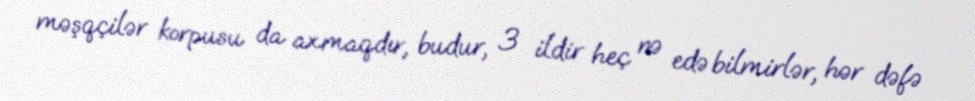
məşqçilər korpusu da axmaqdır, budur, 3 ildir heç nə edə bilmirlər, hər dəfə